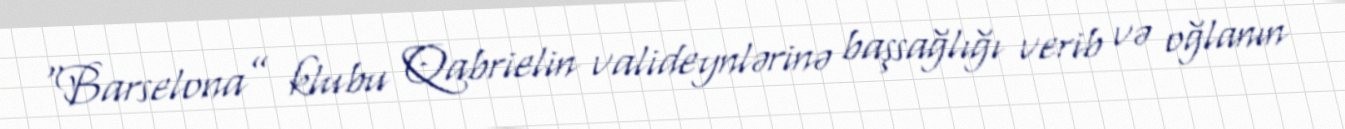
“Barselona” klubu Qabrielin valideynlərinə başsağlığı verib və oğlanın